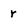
Character: r